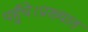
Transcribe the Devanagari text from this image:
पहुँचे।प्रख्यात